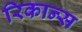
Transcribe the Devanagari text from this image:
रिकान्स